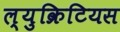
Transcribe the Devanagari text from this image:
ल्युक्रिटियस